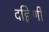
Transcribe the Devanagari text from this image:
दह्निणी